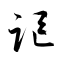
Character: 謳